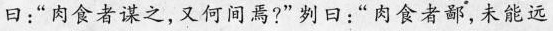
曰：“肉食者谋之，又何间焉?”刿日：“肉食者鄙，未能远